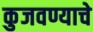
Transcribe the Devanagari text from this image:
कुजवण्याचे